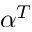
\alpha ^ { T }